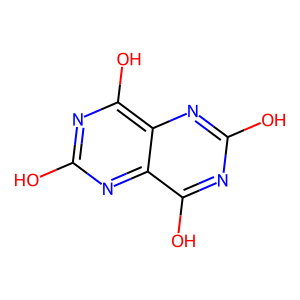
SMILES: Oc1nc(O)c2nc(O)nc(O)c2n1
Inhibits HIV replication: No